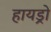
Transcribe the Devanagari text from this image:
हायड्रो